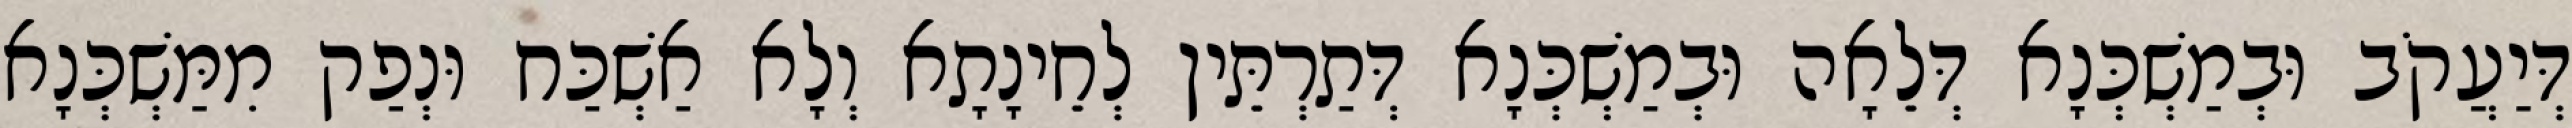
דְּיַעֲקֹב וּבְמַשְׁכְּנָא דְּלֵאָה וּבְמַשְׁכְּנָא דְּתַרְתֵּין לְחֵינָתָא וְלָא אַשְׁכַּח וּנְפַק מִמַּשְׁכְּנָא